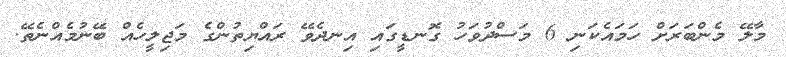
މާލޭ މެންބަރަށް ހަމައެކަނި 6 މަސްދުވަހު ގޮނޑީގައި އިނދެވޭ ރައްޔިތުންގެ މަޖިލީހެއް ބޭނުމެއްނެތޭ.